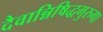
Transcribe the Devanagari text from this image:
दैवान्निषिद्धगुरुगा